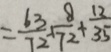
= \frac { 6 3 } { 7 2 } - 1 \frac { 8 } { 7 2 } + \frac { 1 2 } { 3 5 }